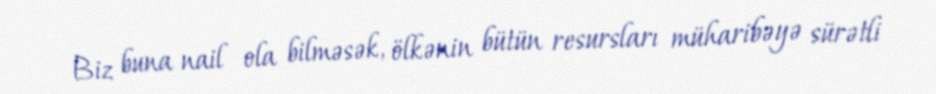
Biz buna nail ola bilməsək, ölkənin bütün resursları müharibəyə sürətli